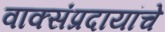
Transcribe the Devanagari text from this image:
वाक्संप्रदायांचे